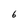
Character: 6